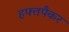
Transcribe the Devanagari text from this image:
हफ्तपैकर